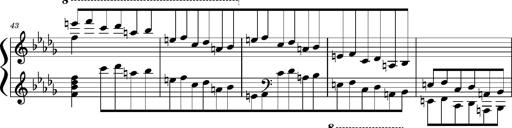
Title: Concerto sans orchestre, S.524a
Composer: Franz Liszt
Key: A major